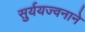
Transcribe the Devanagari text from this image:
सुर्ययज्वनाने